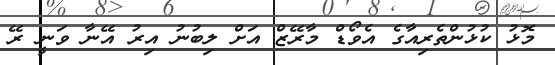
މޮޅު ކުޅުންތެރިއާގެ އެވޯޑް މާރޭޒް އަށް ލިބުނު އިރު އޭނާ ވަނީ ރޭ